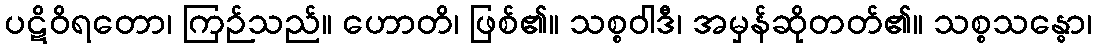
ပဋိဝိရတော၊ ကြဉ်သည်။ ဟောတိ၊ ဖြစ်၏။ သစ္စဝါဒီ၊ အမှန်ဆိုတတ်၏။ သစ္စသန္ဓော၊